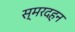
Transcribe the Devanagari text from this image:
स्मरदहन